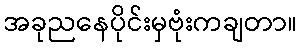
အခုညနေပိုင်းမှဗုံးကချတာ။